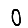
Digit: 0